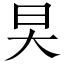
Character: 旲